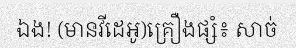
ឯង! (មានវីដេអូ)គ្រឿងផ្សំ៖ សាច់